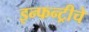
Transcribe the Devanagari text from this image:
इन्फन्ट्रीचे